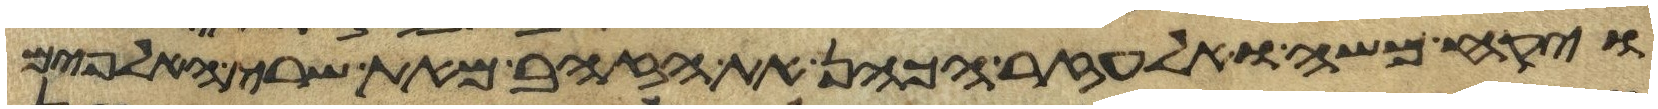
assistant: ויקח משה ואלעזר הכהן את הזהב מאת שרי האלפים